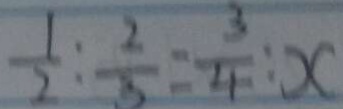
\frac { 1 } { 2 } : \frac { 2 } { 3 } = \frac { 3 } { 4 } : x